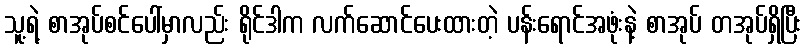
သူ့ရဲ့ စာအုပ်စင်ပေါ်မှာလည်း ရိုင်ဒါက လက်ဆောင်ပေးထားတဲ့ ပန်းရောင်အဖုံးနဲ့ စာအုပ် တအုပ်ရှိပြီး